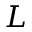
L